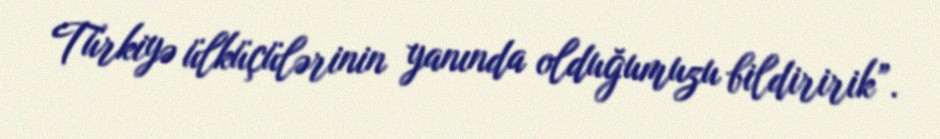
Türkiyə ülküçülərinin yanında olduğumuzu bildiririk”.